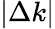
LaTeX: |\Delta k|